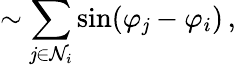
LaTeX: \sim\sum_{\mathit{j}\in\mathcal{{N}}_{i}}\sin(\varphi_{\mathit{j}}-\varphi_{i})\, ,